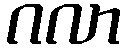
ဂလာ